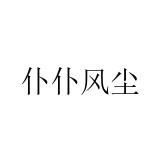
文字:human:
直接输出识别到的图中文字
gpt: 仆仆风尘